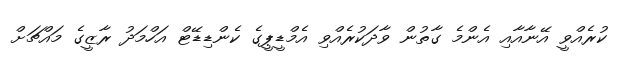
ކުރެއްވީ އޭނާއާއި އެންމެ ގާތުން ވާދަކުރެއްވި އެމްޑީޕީގެ ކެންޑިޑޭޓް އަހްމަދު ރާޒީގެ މައްޗަށް